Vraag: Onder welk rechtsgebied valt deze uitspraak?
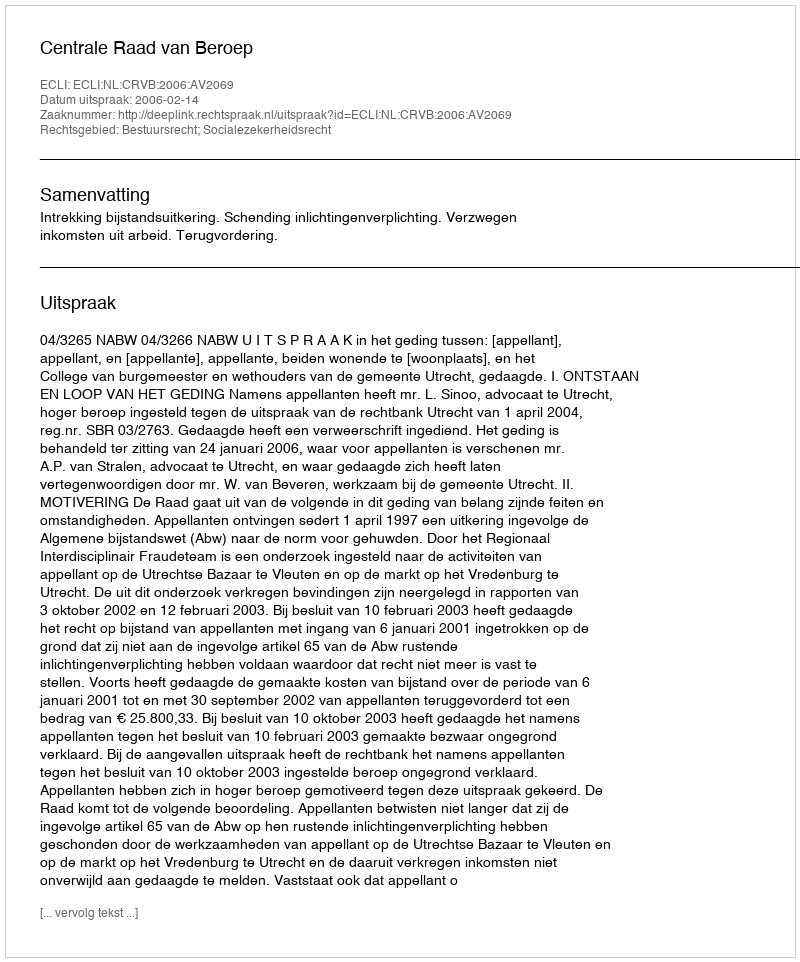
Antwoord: Bestuursrecht; Socialezekerheidsrecht